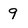
Character: 9